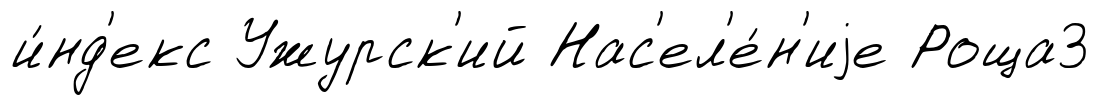
и́нд'екс Ужурск'ий Нас'ел'е́н'иjе Роща3